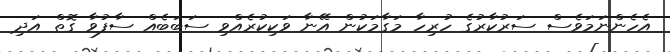
އެހެންނަމަވެސް ސަރުކާރުގެ ހުރިހާ މަގާމަކުން އޭނާ ވަކިކުރެއްވި ސަބަބެއް ސާފުވާ ގޮތް އަދި